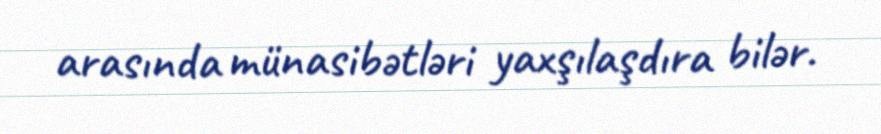
arasında münasibətləri yaxşılaşdıra bilər.